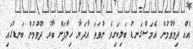
އެއް ދިމާވުމުން އެމަސްގަނޑު ބަލިކަށިވެ ނުވަތަ އާދަޔާ ޚިލާފަށް ބާރު ދޫވުމުން ބަނޑުގައި